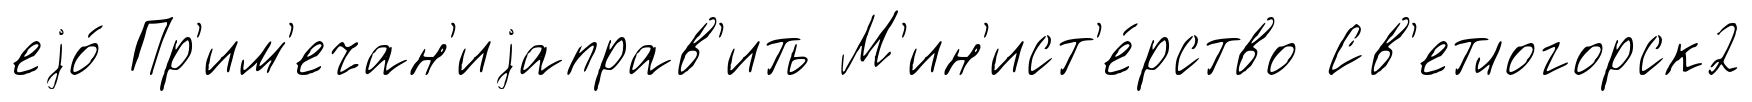
еjо́ Пр'им'ечан'иjаправ'ить М'ин'ист'е́рство Св'етлогорск2